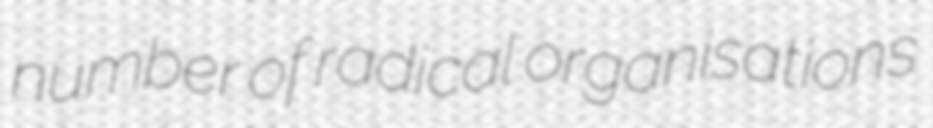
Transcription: number of radical organisations